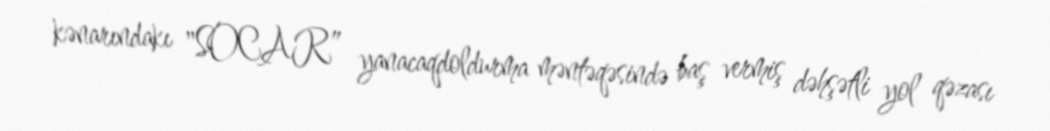
kənarındakı "SOCAR” yanacaqdoldurma məntəqəsində baş vermiş dəhşətli yol qəzası